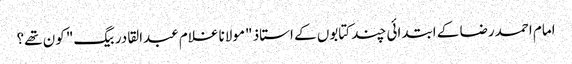
امام احمدرضا کے ابتدائی چند کتابوں کے استاذ "مولانا غلام عبدالقادر بیگ" کون تھے؟